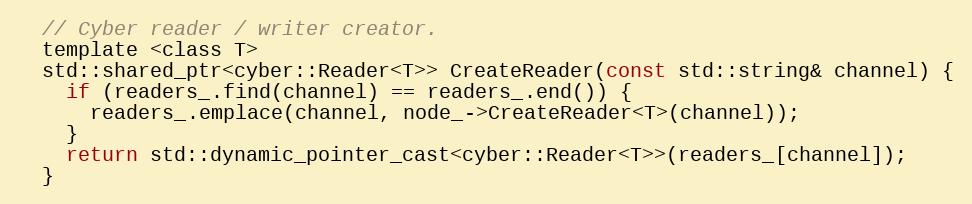
Language: C
  // Cyber reader / writer creator.
  template <class T>
  std::shared_ptr<cyber::Reader<T>> CreateReader(const std::string& channel) {
    if (readers_.find(channel) == readers_.end()) {
      readers_.emplace(channel, node_->CreateReader<T>(channel));
    }
    return std::dynamic_pointer_cast<cyber::Reader<T>>(readers_[channel]);
  }